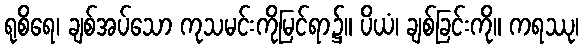
ရုစိရေ၊ ချစ်အပ်သော ကုသမင်းကိုမြင်ရာ၌။ ပိယံ၊ ချစ်ခြင်းကို။ ကရဿု၊